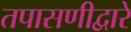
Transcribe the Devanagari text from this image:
तपासणीद्वारे